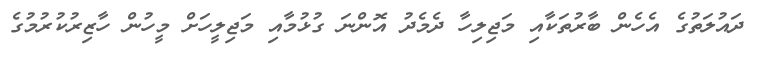
ދައުލަތުގެ އެހެން ބާރުތަކާއި މަޖިލިހާ ދެމެދު އޮންނަ ގުޅުމާއި މަޖިލީހަށް މީހުން ހާޒިރުކުރުމުގެ